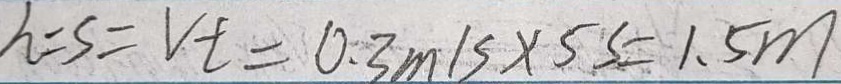
h = S = v t = 0 . 3 m / s \times 5 s = 1 . 5 m